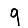
Digit: 9